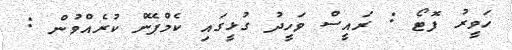
ހަވީރު ފޮޓޯ : ރައީސް ވަހީދު ގުޅީގައި ކެމްޕޭން ކުރެއްވުން :